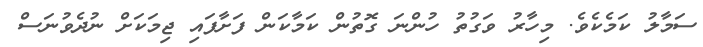
ސަމާލު ކަމެކެވެ. މިހާރު ވަގުތު ހުންނަ ގޮތުން ކަމާކަން ފަށާފައި ޖިމަކަށް ނުދެވުނަސް